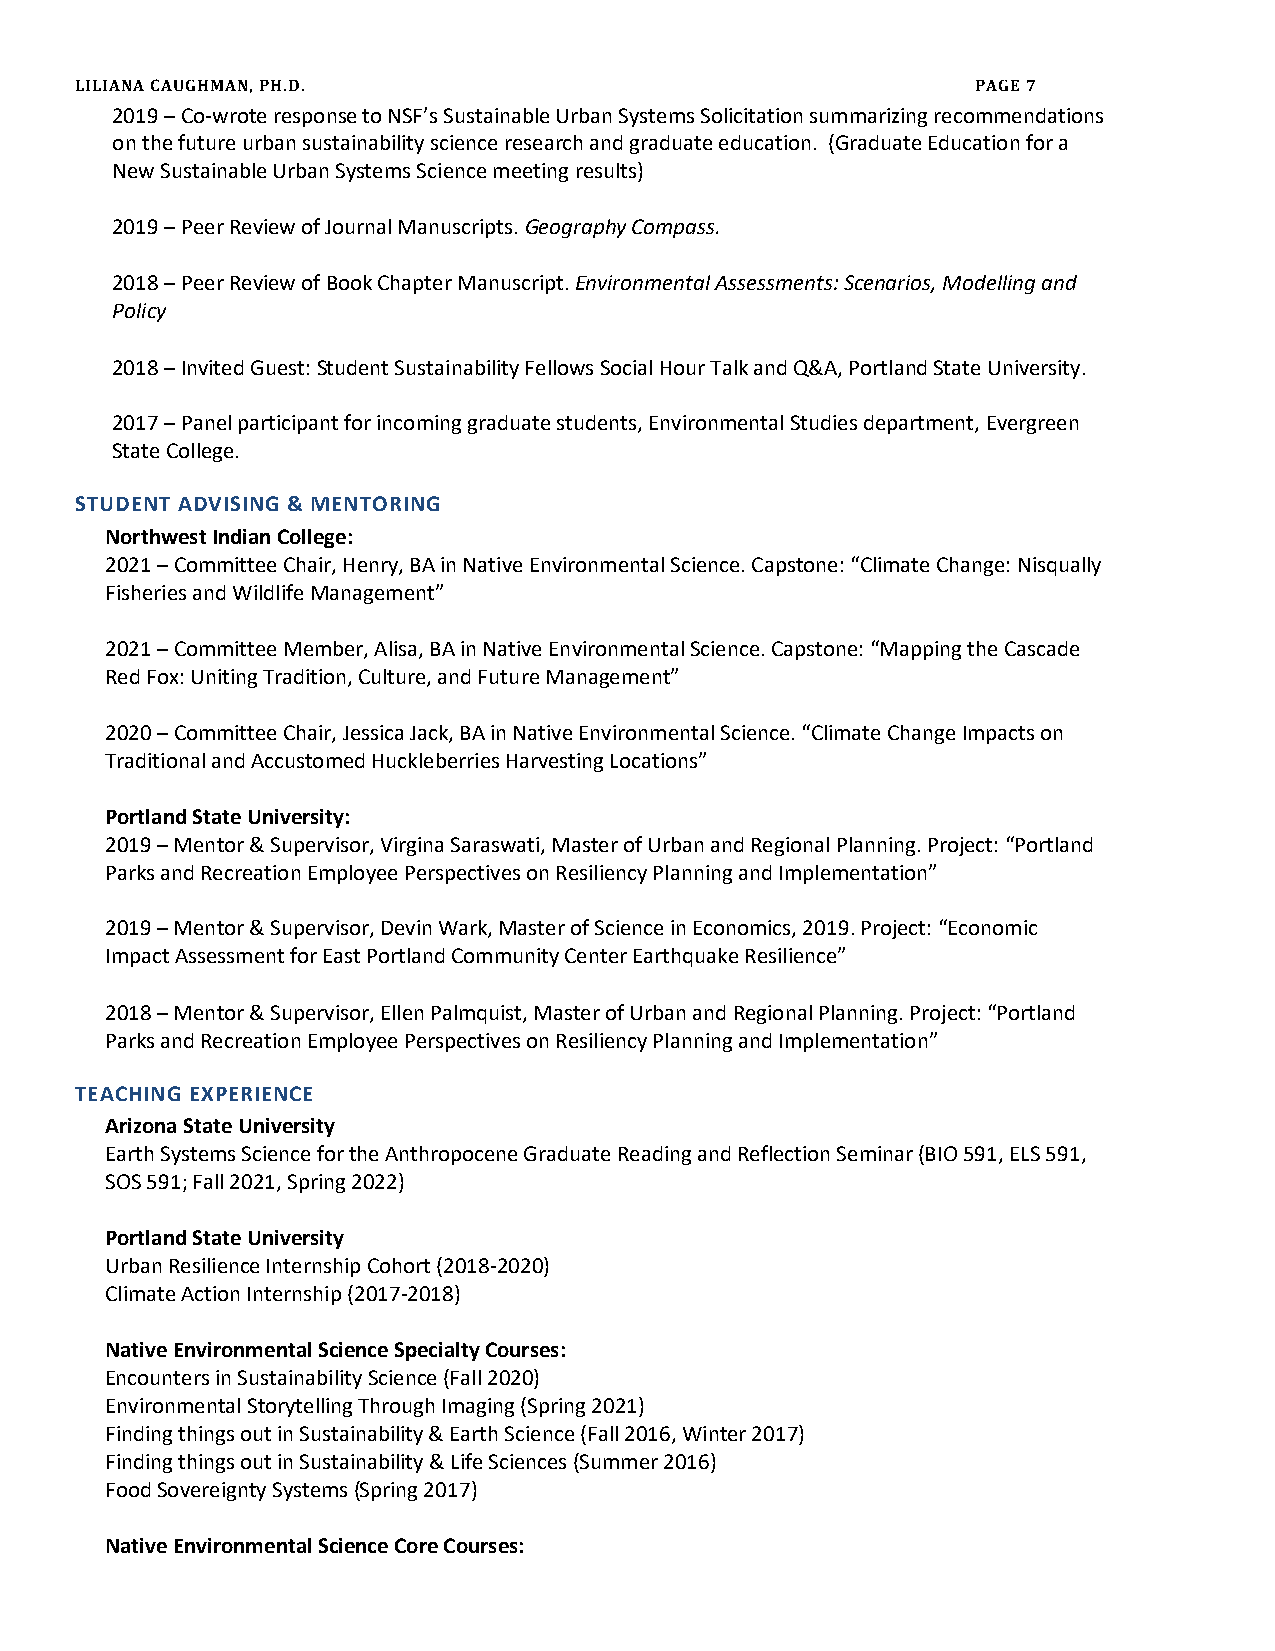
LILIANA CAUGHMAN, PH.D.                                     PAGE 7
 2019 – Co-wrote response to NSF’s Sustainable Urban Systems Solicitation summarizing recommendations
 on the future urban sustainability science research and graduate education. (Graduate Education for a
 New Sustainable Urban Systems Science meeting results)
 2019 – Peer Review of Journal Manuscripts. Geography Compass.
 2018 – Peer Review of Book Chapter Manuscript. Environmental Assessments: Scenarios, Modelling and
 Policy
 2018 – Invited Guest: Student Sustainability Fellows Social Hour Talk and Q&A, Portland State University.
 2017 – Panel participant for incoming graduate students, Environmental Studies department, Evergreen
 State College.
 STUDENT ADVISING & MENTORING
 Northwest Indian College:
 2021 – Committee Chair, Henry, BA in Native Environmental Science. Capstone: “Climate Change: Nisqually
 Fisheries and Wildlife Management”
 2021 – Committee Member, Alisa, BA in Native Environmental Science. Capstone: “Mapping the Cascade
 Red Fox: Uniting Tradition, Culture, and Future Management”
 2020 – Committee Chair, Jessica Jack, BA in Native Environmental Science. “Climate Change Impacts on
 Traditional and Accustomed Huckleberries Harvesting Locations”
 Portland State University:
 2019 – Mentor & Supervisor, Virgina Saraswati, Master of Urban and Regional Planning. Project: “Portland
 Parks and Recreation Employee Perspectives on Resiliency Planning and Implementation”
 2019 – Mentor & Supervisor, Devin Wark, Master of Science in Economics, 2019. Project: “Economic
 Impact Assessment for East Portland Community Center Earthquake Resilience”
 2018 – Mentor & Supervisor, Ellen Palmquist, Master of Urban and Regional Planning. Project: “Portland
 Parks and Recreation Employee Perspectives on Resiliency Planning and Implementation”
 TEACHING EXPERIENCE
 Arizona State University
 Earth Systems Science for the Anthropocene Graduate Reading and Reflection Seminar (BIO 591, ELS 591,
 SOS 591; Fall 2021, Spring 2022)
 Portland State University
 Urban Resilience Internship Cohort (2018-2020)
 Climate Action Internship (2017-2018)
 Native Environmental Science Specialty Courses:
 Encounters in Sustainability Science (Fall 2020)
 Environmental Storytelling Through Imaging (Spring 2021)
 Finding things out in Sustainability & Earth Science (Fall 2016, Winter 2017)
 Finding things out in Sustainability & Life Sciences (Summer 2016)
 Food Sovereignty Systems (Spring 2017)
 Native Environmental Science Core Courses: